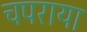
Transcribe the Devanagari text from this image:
चपराया